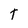
Character: T